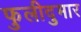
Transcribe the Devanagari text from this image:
फुलीदुमार